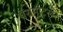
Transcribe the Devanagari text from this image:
पॅरामीटरवर